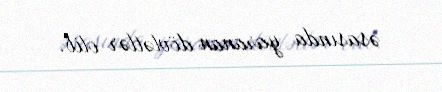
əsasında yaranan dövlətlər olib.